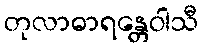
တုလာဓာရန္တေဝါသီ